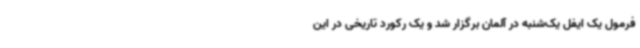
فرمول یک ایفل یک‌شنبه در آلمان برگزار شد و یک رکورد تاریخی در این